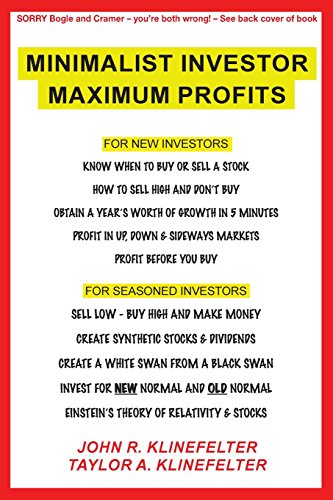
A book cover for Minimalist Investor Maximum Profits; John R. Klinefelter; Business & Money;